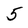
Character: 5